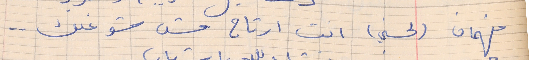
فهمان    (لحسني) انت ارتاح مش شوغلك  . .